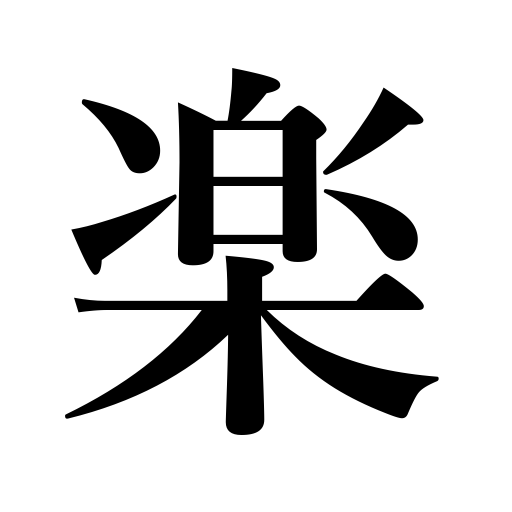
Meanings: merry,music,pleasant,joyful,comfort,pleasure,ease,enjoy,amuse oneself,relief,anticipate,cheerful,concluding program